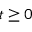
t \geq 0